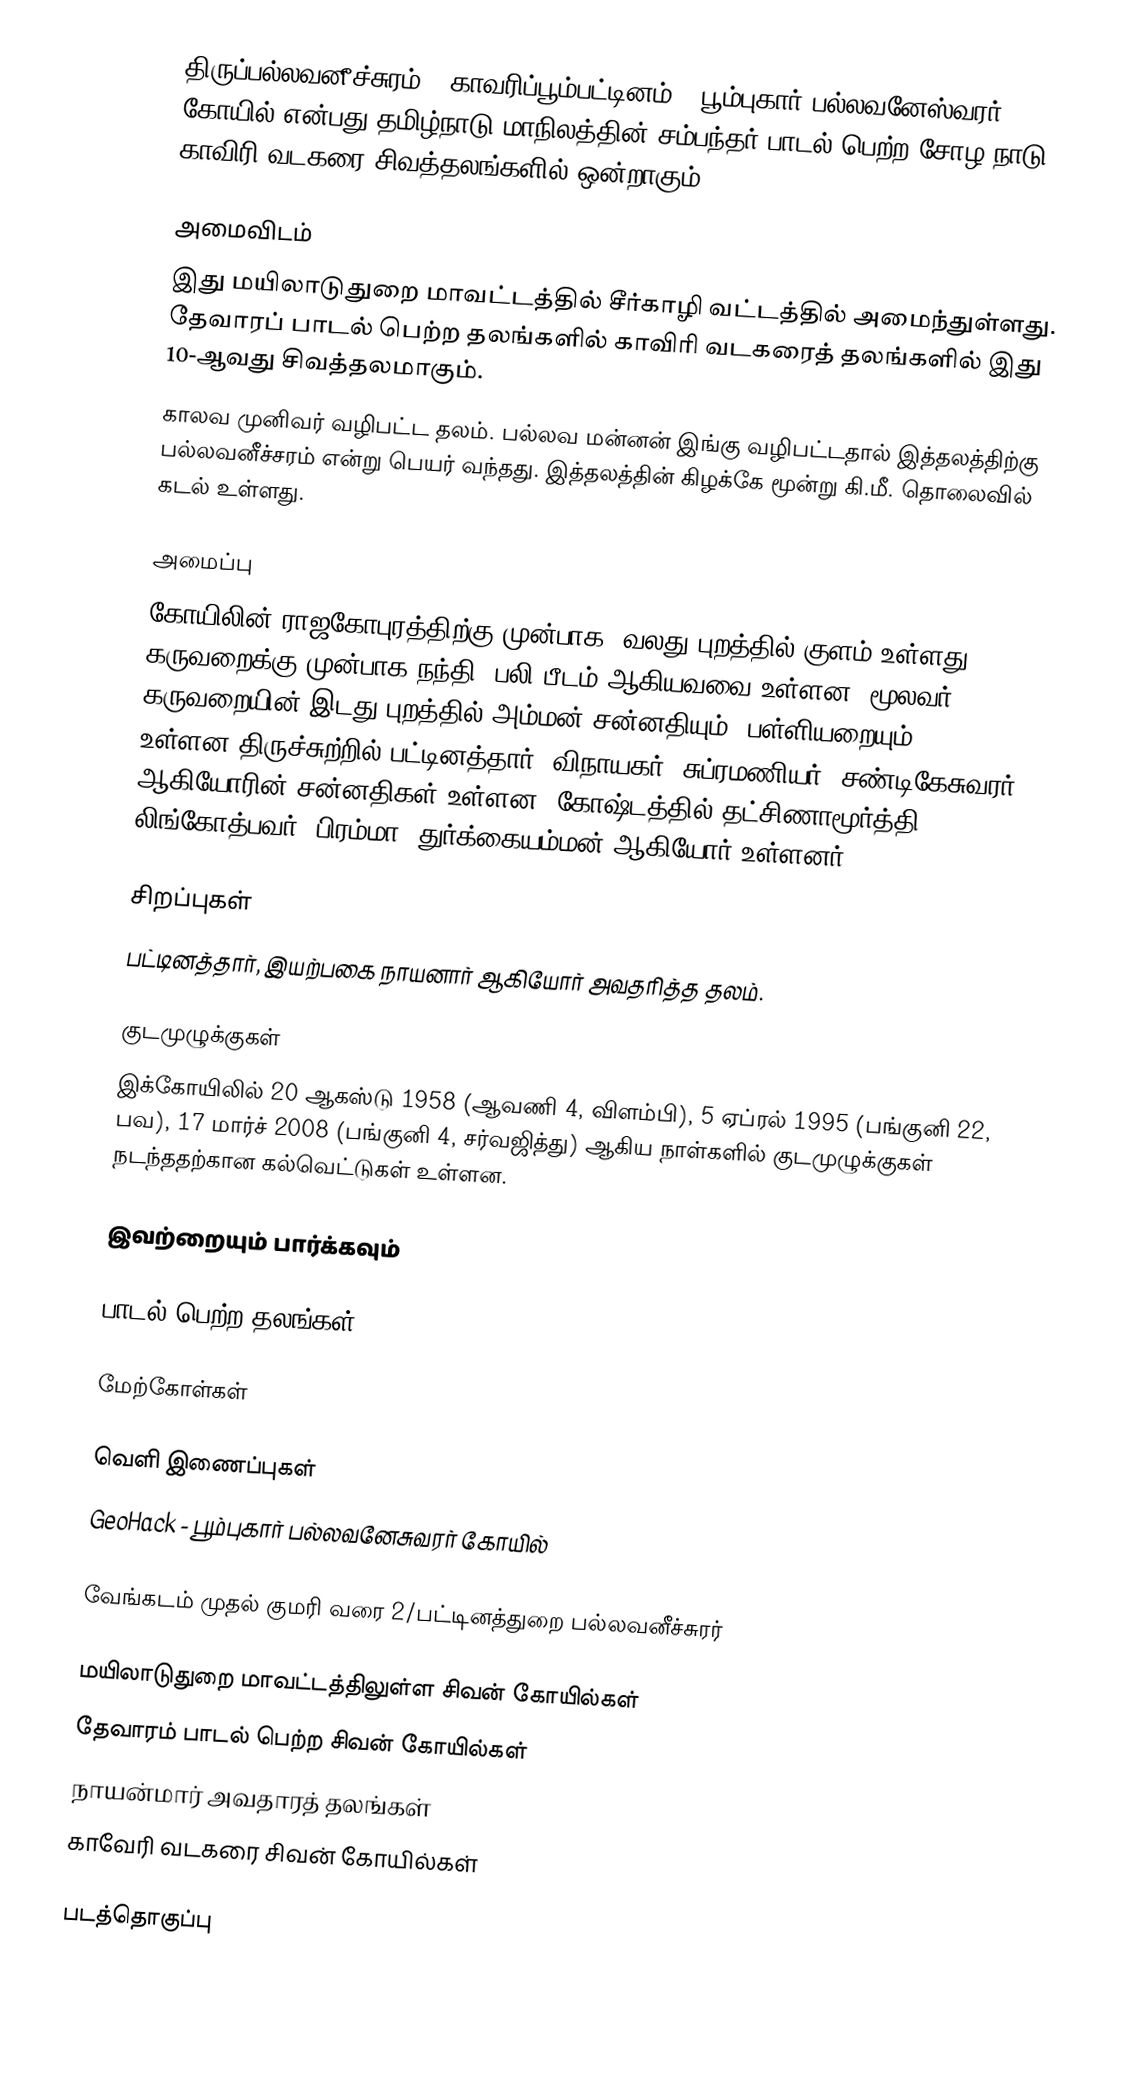
திருப்பல்லவனீச்சுரம் - காவரிப்பூம்பட்டினம் - பூம்புகார் பல்லவனேஸ்வரர் கோயில் என்பது தமிழ்நாடு மாநிலத்தின் சம்பந்தர் பாடல் பெற்ற சோழ நாடு   காவிரி வடகரை  சிவத்தலங்களில் ஒன்றாகும்.

அமைவிடம்
இது மயிலாடுதுறை மாவட்டத்தில்  சீர்காழி வட்டத்தில்  அமைந்துள்ளது.  தேவாரப் பாடல் பெற்ற தலங்களில் காவிரி வடகரைத் தலங்களில் இது 10-ஆவது சிவத்தலமாகும்.
காலவ முனிவர் வழிபட்ட தலம். பல்லவ மன்னன் இங்கு வழிபட்டதால் இத்தலத்திற்கு பல்லவனீச்சரம் என்று பெயர் வந்தது. இத்தலத்தின் கிழக்கே மூன்று கி.மீ. தொலைவில் கடல் உள்ளது.

அமைப்பு
கோயிலின் ராஜகோபுரத்திற்கு முன்பாக, வலது புறத்தில் குளம் உள்ளது. கருவறைக்கு முன்பாக நந்தி, பலி பீடம் ஆகியவவை உள்ளன. மூலவர் கருவறையின் இடது புறத்தில் அம்மன் சன்னதியும், பள்ளியறையும் உள்ளன.திருச்சுற்றில் பட்டினத்தார், விநாயகர், சுப்ரமணியர், சண்டிகேசுவரர் ஆகியோரின் சன்னதிகள் உள்ளன. கோஷ்டத்தில் தட்சிணாமூர்த்தி, லிங்கோத்பவர், பிரம்மா, துர்க்கையம்மன் ஆகியோர் உள்ளனர்.

சிறப்புகள்
பட்டினத்தார், இயற்பகை நாயனார் ஆகியோர் அவதரித்த தலம்.

குடமுழுக்குகள்
இக்கோயிலில் 20 ஆகஸ்டு 1958 (ஆவணி 4, விளம்பி), 5 ஏப்ரல் 1995 (பங்குனி 22, பவ), 17 மார்ச் 2008 (பங்குனி 4, சர்வஜித்து) ஆகிய நாள்களில் குடமுழுக்குகள் நடந்ததற்கான கல்வெட்டுகள் உள்ளன.

இவற்றையும் பார்க்கவும்

 பாடல் பெற்ற தலங்கள்

மேற்கோள்கள்

வெளி இணைப்புகள்
 GeoHack - பூம்புகார் பல்லவனேசுவரர் கோயில்

வேங்கடம் முதல் குமரி வரை 2/பட்டினத்துறை பல்லவனீச்சுரர்

மயிலாடுதுறை மாவட்டத்திலுள்ள சிவன் கோயில்கள்
தேவாரம் பாடல் பெற்ற சிவன் கோயில்கள்
நாயன்மார் அவதாரத் தலங்கள்
காவேரி வடகரை சிவன் கோயில்கள்

படத்தொகுப்பு